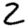
Digit: 2